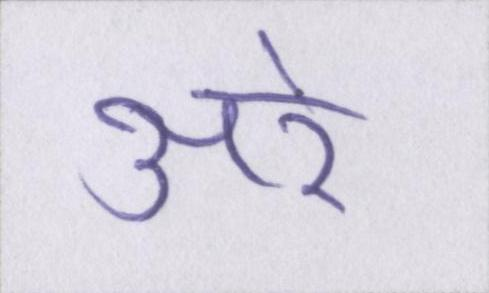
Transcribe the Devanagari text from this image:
अरे